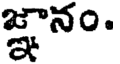
జ్ఞానం.